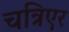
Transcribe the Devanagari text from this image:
चत्रिएर